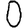
Digit: 0